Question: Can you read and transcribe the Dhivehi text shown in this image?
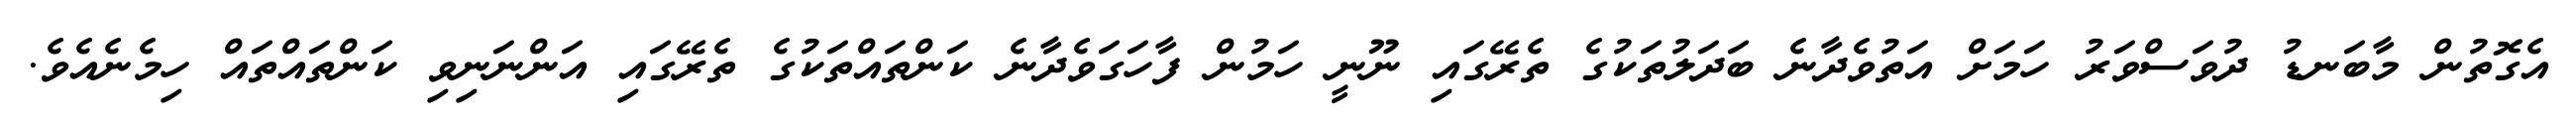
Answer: އެގޮތުން މާބަނޑު ދުވަސްވަރު ހަމަށް އަތުވެދާނެ ބަދަލުތަކުގެ ތެރޭގައި ނޫނީ ހަމުން ފާހަގަވެދާނެ ކަންތައްތަކުގެ ތެރޭގައި އަންނަނިވި ކަންތައްތައް ހިމެނެއެވެ.